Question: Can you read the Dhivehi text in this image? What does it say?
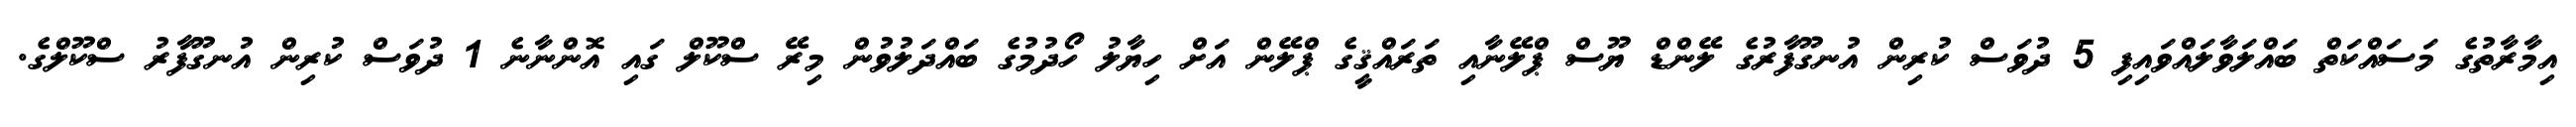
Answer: އިމާރާތުގެ މަސައްކަތް ބައްލަވާލައްވައިފި 5 ދުވަސް ކުރިން އުނގޫފާރުގެ ލޭންޑް ޔޫސް ޕްލޭނާއި ތަރައްޤީގެ ޕްލޭން އަށް ހިޔާލު ހޯދުމުގެ ބައްދަލުވުން މިރޭ ސްކޫލް ގައި އޮންނާނެ 1 ދުވަސް ކުރިން އުނގޫފާރު ސްކޫލްގެ.